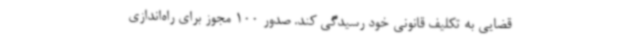
قضایی به تکلیف قانونی خود رسیدگی کند. صدور 100 مجوز برای راه‌اندازی